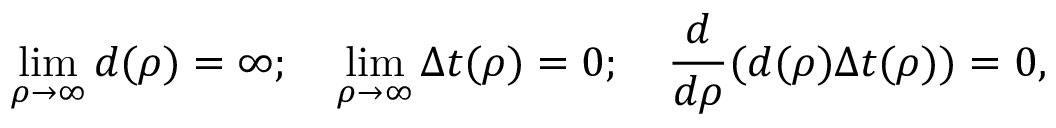
\operatorname* { l i m } _ { \rho \to \infty } d ( \rho ) = \infty ; \quad \operatorname* { l i m } _ { \rho \to \infty } \Delta t ( \rho ) = 0 ; \quad \frac { d } { d \rho } ( d ( \rho ) \Delta t ( \rho ) ) = 0 ,